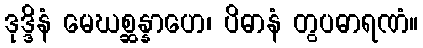
ဒုဒ္ဒိနံ မေဃစ္ဆန္နာဟေ၊ ပိဓာနံ တွပဓာရဏံ။